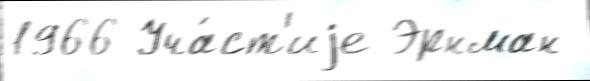
1966 Уча́ст'иjе Эрнман